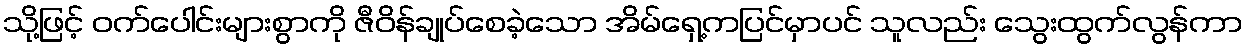
သို့ဖြင့် ဝက်ပေါင်းများစွာကို ဇီဝိန်ချုပ်စေခဲ့သော အိမ်ရှေ့ကပြင်မှာပင် သူလည်း သွေးထွက်လွန်ကာ